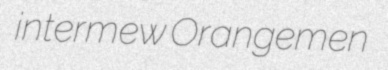
intermew Orangemen